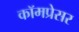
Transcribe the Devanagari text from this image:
कॉमप्रेसर